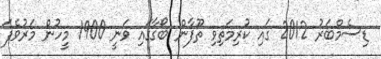
ޑިސެމްބަރު 2012 ގައި ކުރިމަތިވި ތޫފާން ބޯގާގައި ވަނީ 1900 މީހުން މަރުވެފަ